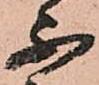
不